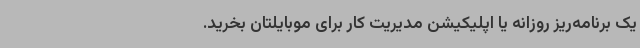
یک برنامه‌ریز روزانه یا اپلیکیشن مدیریت کار برای موبایلتان بخرید.